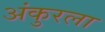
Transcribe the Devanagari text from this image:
अंकुरला